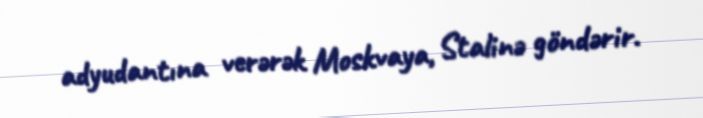
adyudantına verərək Moskvaya, Stalinə göndərir.